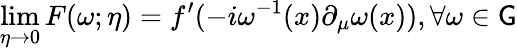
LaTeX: \operatorname*{lim}_{\eta\rightarrow0}F(\omega;\eta)=f^{\prime}(-i\omega^{-1}(x)\partial_{\mu}\omega(x)),\forall\omega\in\mathsf{G}